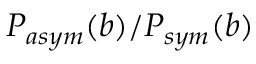
P _ { a s y m } ( b ) / P _ { s y m } ( b )